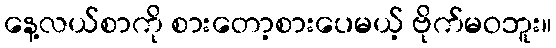
နေ့လယ်စာကို စားတော့စားပေမယ့် ဗိုက်မဝဘူး။